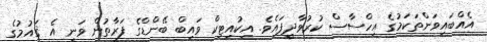
އެއްބައިވަންތަކަމުގެ އިހްސާސް ކުރުވާދީފައެވެ. އިކުއިޓިކް ވައިބް ބޭންޑްގެ ފަރާތުން ވަނީ އެ ޤައުމުގެ